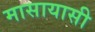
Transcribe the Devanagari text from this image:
मासायासी